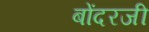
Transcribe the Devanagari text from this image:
बोंदरजी